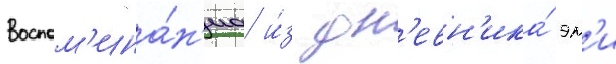
Воспом'ина́н'иа и́з дн'евн'ика́ эм'и